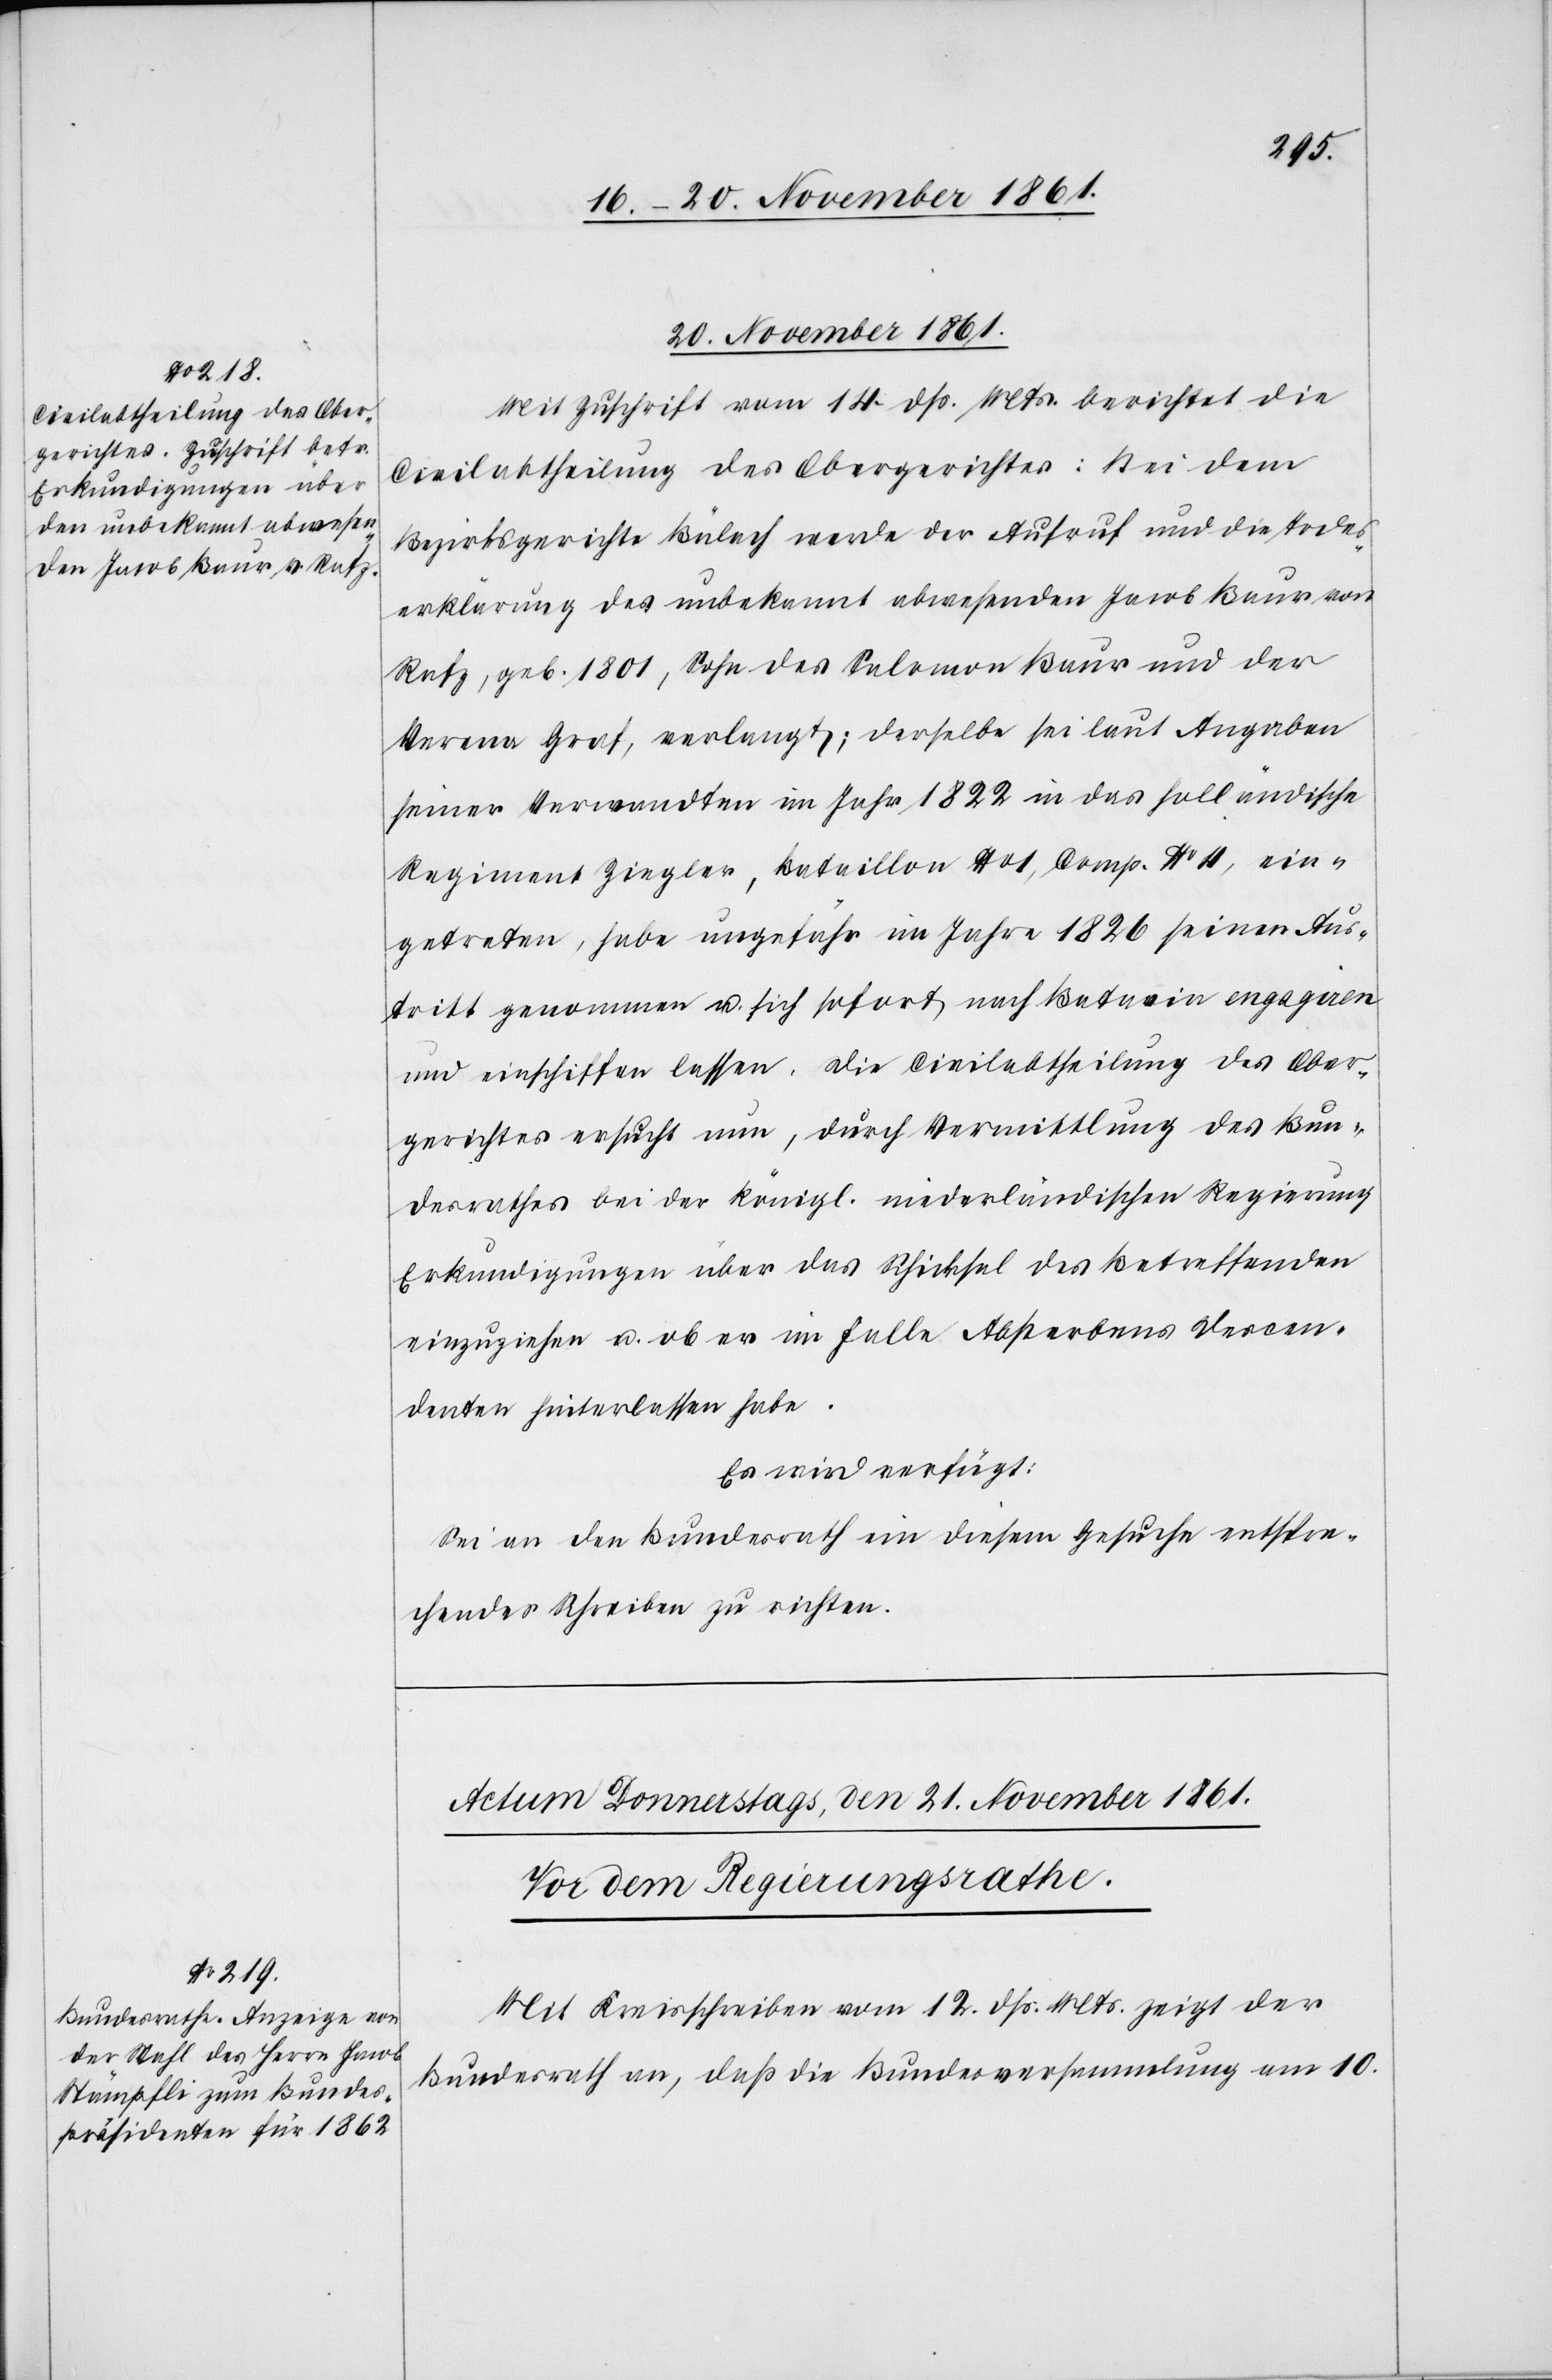
20 November 1861.]
Mit Zuschrift vom 14 dß. Mts. berichtet die
Civilabtheilung des Obergerichtes: Bei dem
Bezirksgerichte Bülach werde der Aufruf und die Todes¬
erklärung des unbekannt abwesenden Jacob Baur von
Rafz, geb. 1801, Sohn des Salomon Baur und der
Verena Graf, verlangt; derselbe sei laut Angaben
seiner Verwandten im Jahr 1822 in das holländische
Regiment Ziegler, Bataillon No 1, Comp. No 4, ein¬
getreten, habe ungefähr im Jahre 1826 seinen Aus¬
tritt genommen u. sich sofort nach Batavia engagiren
und einschiffen lassen. Die Civilabtheilung des Ober¬
gerichtes ersucht nun, durch Vermittlung des Bun¬
desrathes bei der königl. niederländischen Regierung
Erkundigungen über das Schicksal des Betreffenden
einzuziehen u. ob er im Falle Absterbens Descen¬
denten hinterlassen habe.
Es wird verfügt:
Sei an den Bundesrath ein diesem Gesuche entspre¬
chendes Schreiben zu richten.
Mit Kreisschreiben vom 12 dß. Mts. zeigt der
Bundesrath an, daß die Bundesversammlung am 10